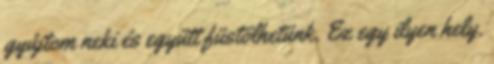
gyújtom neki és együtt füstölhetünk. Ez egy ilyen hely.